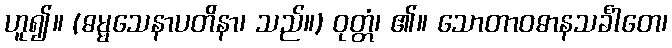
ဟူ၍။ (ဓမ္မသေနာပတိနာ၊ သည်။) ဝုတ္တံ၊ ၏။ သောတာဝဓာနသင်္ခါတေ၊